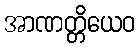
အာဏတ္တိယေဝ